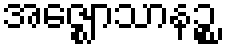
အဇ္ဈောသာနဉ္စ